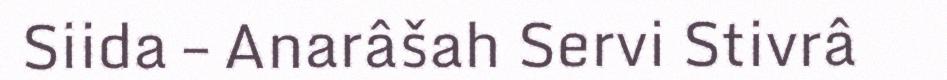
Siida – Anarâšah Servi Stivrâ